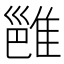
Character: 𬯮